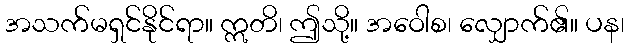
အသက်မရှင်နိုင်ရာ။ ဣတိ၊ ဤသို့။ အဝေါစ၊ လျှောက်၏။ ပန၊